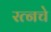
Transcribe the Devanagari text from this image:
रत्‍नचे